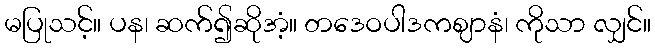
မပြုသင့်။ ပန၊ ဆက်၍ဆိုအံ့။ တဒေဝပါဒကဈာနံ၊ ကိုသာ လျှင်။